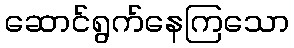
ဆောင်ရွက်နေကြသော